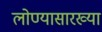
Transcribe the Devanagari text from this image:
लोण्यासारख्या